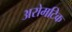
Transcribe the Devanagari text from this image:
अरोमटिक